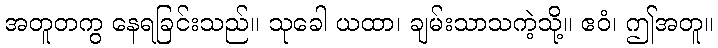
အတူတကွ နေရခြင်းသည်။ သုခေါ ယထာ၊ ချမ်းသာသကဲ့သို့။ ဧဝံ၊ ဤအတူ။